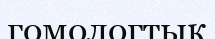
гомологтық